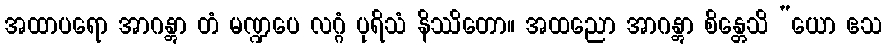
အထာပရော အာဂန္တွာ တံ မဏ္ဍပေ လဂ္ဂံ ပုရိသံ နိဿိတော။ အထညော အာဂန္တွာ စိန္တေသိ “ယော ဧသ